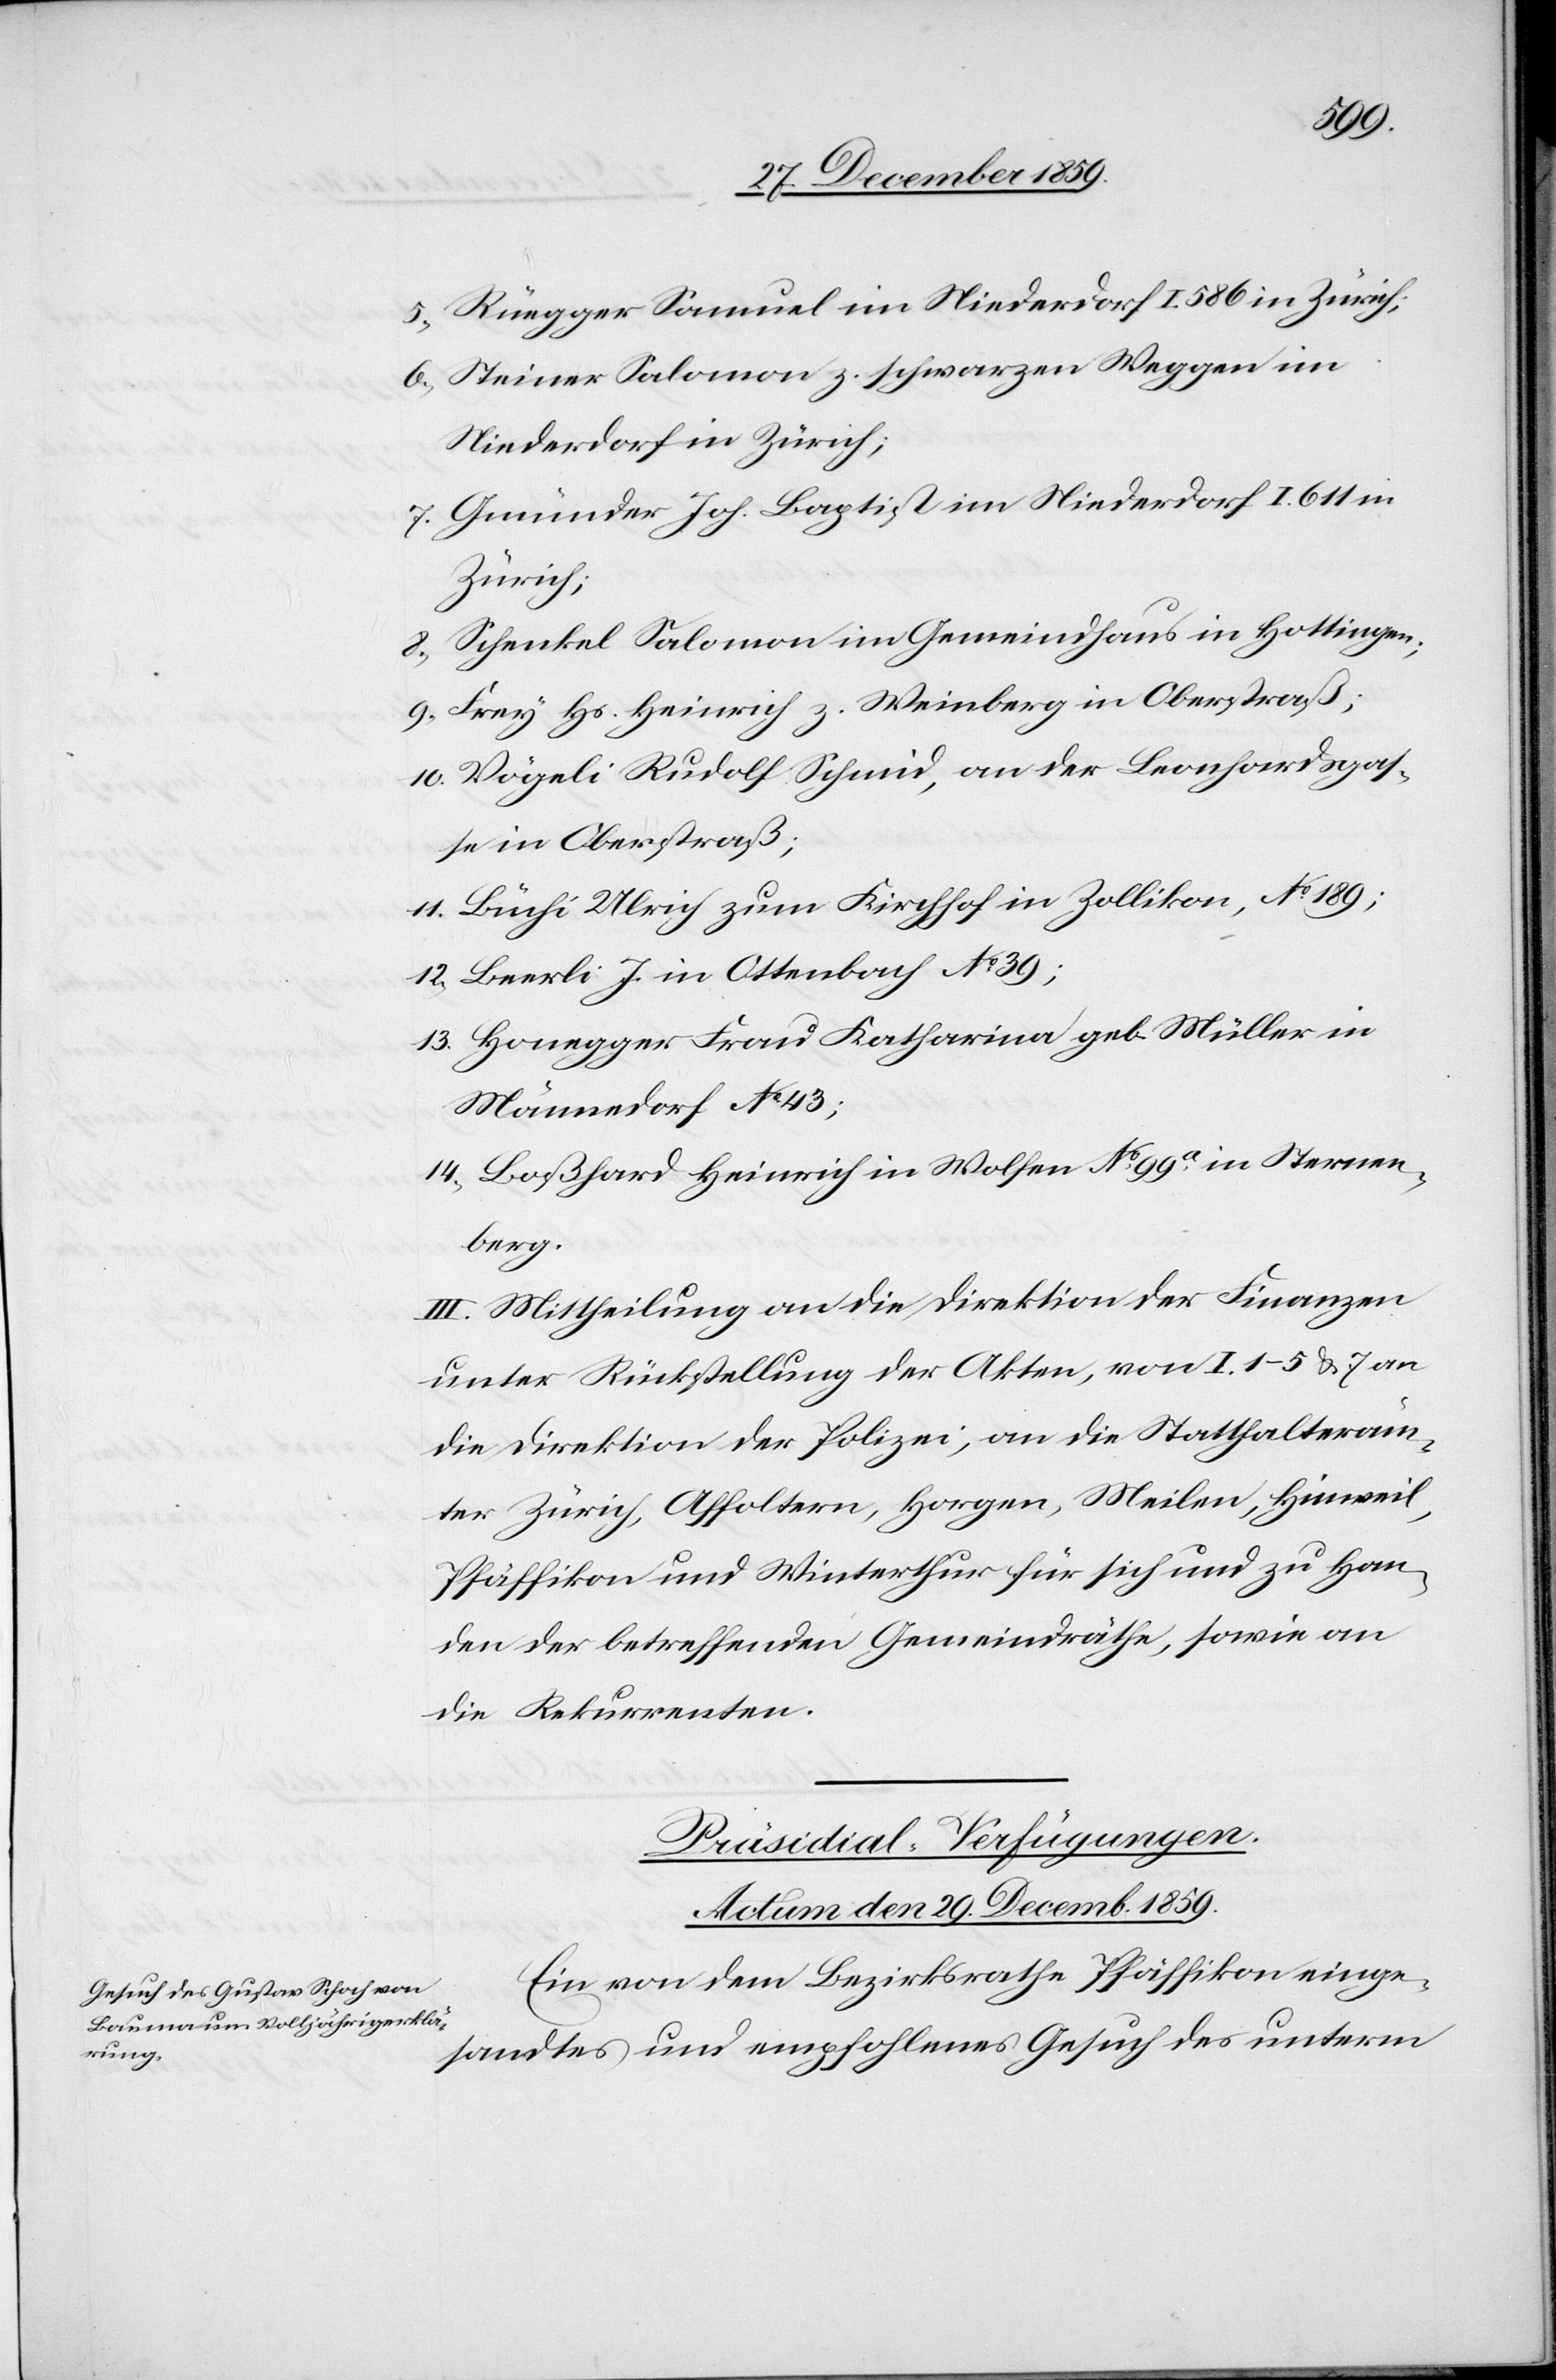
5.) Rüegger Samuel im Niederdorf I. 586 in Zürich;
6.) Steiner Salomon z. schwarzen Weggen im
Niederdorf in Zürich;
7.) Gmünder Joh. Baptist im Niederdorf I. 611 in
Zürich;
8.) Schenkel Salomon im Gemeindhaus in Hottingen;
9.) Frey Hs. Heinrich z. Weinberg in Oberstraß;
10.) Vögeli Rudolf Schmid, an der Leonhardsgas¬
se in Oberstraß;
11.) Büchi Ulrich zum Kirchhof in Zollikon, No 189;
12.) Beerli J. in Ottenbach No 39;
13.) Honegger Frau Katharina geb. Müller in
Männedorf No 43;
14.) Boßhard Heinrich in Wolfen No 99a in Sternen¬
berg.
III. Mittheilung an die Direktion der Finanzen
unter Rückstellung der Akten, von I. 1–5 & 7 an
die Direktion der Polizei, an die Statthalteräm¬
ter Zürich, Affoltern, Horgen, Meilen, Hinweil,
Pfäffikon und Winterthur für sich und zu Han¬
den der betreffenden Gemeindräthe, sowie an
die Rekurrenten.
Präsidial-Verfügungen.
Actum den 29. Decemb. 1859.
Ein von dem Bezirksrathe Pfäffikon einge¬
sandtes und empfohlenes Gesuch des unterm